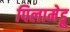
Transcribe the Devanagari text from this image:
पिलामेडू